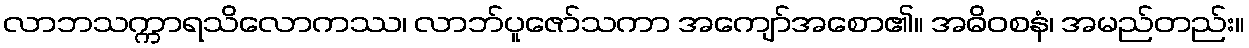
လာဘသက္ကာရသိလောကဿ၊ လာဘ်ပူဇော်သကာ အကျော်အစော၏။ အဓိဝစနံ၊ အမည်တည်း။